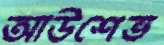
আউশেভ